Annual report of the Prince of Wales Medical College, Patna
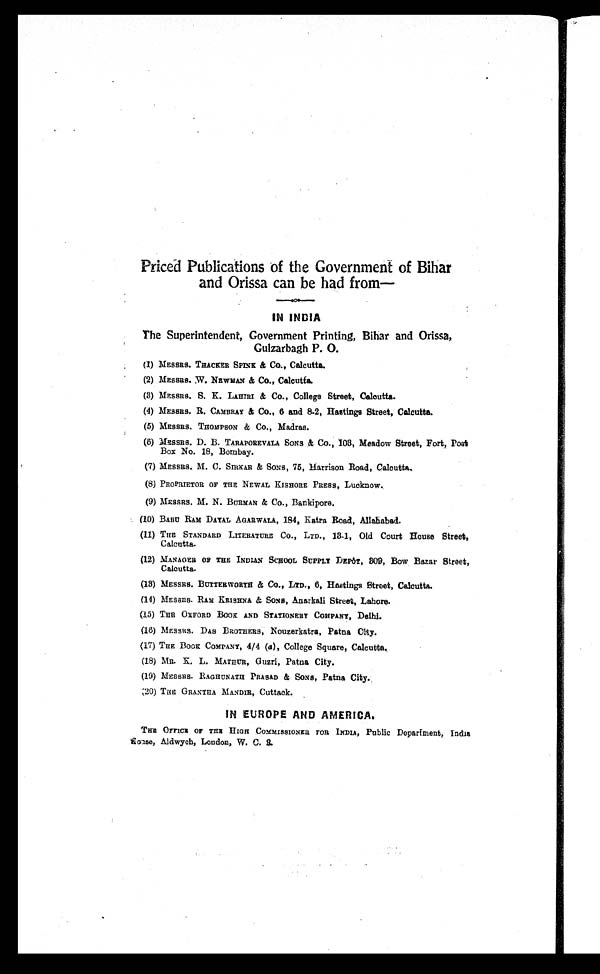
Priced Publications of the Government of Bihar
and Orissa can be had from—
IN INDIA
The Superintendent, Government Printing, Bihar and Orissa,
Gulzarbagh P. 0.
(1) MESSRS. THACKER SPINK & Co., Calcutta.
(2) MESSRS. W. NEWMAN & Co., Calcutta.
(3) MESSRS. S. K. LAHIRI & Co., College Street, Calcutta.
(4) MESSRS. R. CAMBRAY & CO., 6 and 8-2, Hastings Street, Calcutta.
(5)MESSRS. THOMPSON & Co., Madras.
(6) MESSRS. D. B. TARAPOREVALA SONS & Co., 103 , Meadow Street, Fort, Post
Box No. 18, Bombay.
(7) MESSRS. M. C. SIRKAR & SONS , 75 , Harrison Road, Calcutta
.
(8) PROPRIETOR OF THE NEWAL KISHORE PRESS , Lucknow.
(9) MESSRS. M. N. BURMAN & Co ., Bankipore.
(10) BABU RAM DAYAL AGARWAI.A, 184, Katra Road, Allababa
.
(11) THE STANDARD LITERATURE CO., LTD ., 13-1, Old Court House Street,
Calcutta
.
(12) MANAGER OF THE INDIAN SCHOOL SUPPLY DEPôT,
309, Bow Bazar Street,
Calcutta
.
(13) MESSRS. BUTTERWORTH & CO., LTD., 6, Hastings Street, Calcutta.
(14) MESSRS. RAM KRISHNA & SONS , Anarkali Street, Lahore.
(15) THE OXFORD Book AND STATIONERY COMPANY, Delhi.
(16) MESSRS. Das BROTHERS, Nouzerkatra, Patna City.
(17) THE Book COMPANY , 4/4 (a ), College Square, Calcutta.
(18) MR. K. L. MATHUR, Guzri, Patna City.
(19) MESSRS. RAGHUNATH PRASAD & SONS, Patna City.
(20) THE GRANTIIA MANDIR,Cuttack.
IN EUROPE AND AMERICA.
THE OFFICE OF THE HIGH COMMISSIONER FOR INDIA, Public Department, India
house
Aldwych, London, W. C. R.